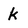
Character: k